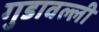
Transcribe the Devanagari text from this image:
गुडावल्ली